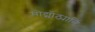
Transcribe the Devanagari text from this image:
मोट्मोठ्यानि